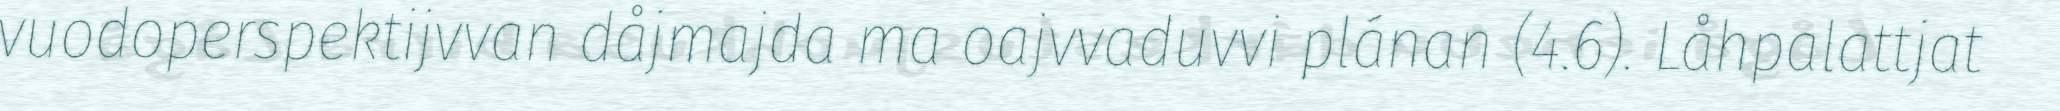
vuodoperspektijvvan dåjmajda ma oajvvaduvvi plánan (4.6). Låhpalattjat